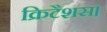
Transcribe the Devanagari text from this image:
क्रिटैशस।